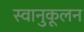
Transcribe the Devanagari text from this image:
स्वानुकूलन